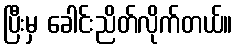
ပြီးမှ ခေါင်းညိတ်လိုက်တယ်။